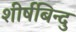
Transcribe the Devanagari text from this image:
शीर्षबिन्दु